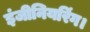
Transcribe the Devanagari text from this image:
इंजीनियरिंग।